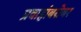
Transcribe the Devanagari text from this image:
प्रवाहांबरोबर